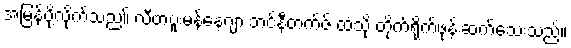
အမြန်ပို့လိုက်သည။် လီဗာပူးမန်နေဂျာ ဘင်နီတက်ဇ် ထံသို့ တိုက်ရိုက်ဖုန်းဆက်သေးသည်။